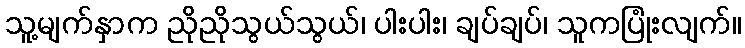
သူ့မျက်နှာက ညိုညိုသွယ်သွယ်၊ ပါးပါး၊ ချပ်ချပ်၊ သူကပြုံးလျက်။